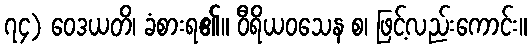
၇၄) ဝေဒယတိ၊ ခံစားရ၏။ ဝီရိယဝသေန စ၊ ဖြင့်လည်းကောင်း။